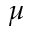
\mu